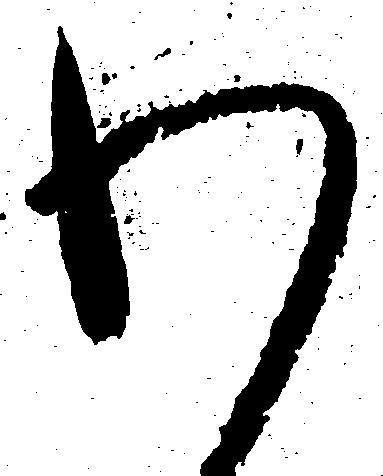
わ